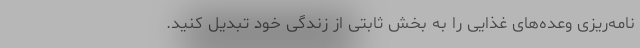
نامه‌‌ریزی وعده‌های غذایی را به بخش ثابتی از زندگی خود تبدیل کنید.